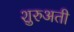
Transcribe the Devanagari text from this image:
शुरुअती